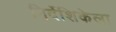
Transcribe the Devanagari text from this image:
निर्देशिकेला